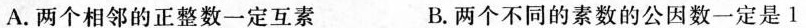
A.两个相邻的正整数一定互素 B.两个不同的素数的公因数一定是1